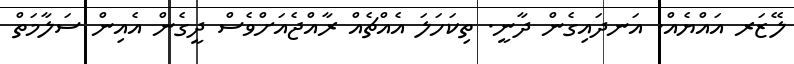
ލޭޒަރ އައްޔެއް. އަނދައިގެން ދާނީ. ތިކަހަލަ އެއްޗެއް ރާއްޖެއަށްވެސް ދީގެން އެއިން ސަލާމަތް